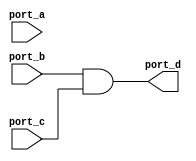
module ASG_NR_MINP (port_a, port_b,port_c,port_d);
   input port_a,port_b,port_c;
   output port_d;
   assign port_a = 1'b1;
   assign port_d = port_b & port_c;
endmodule